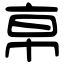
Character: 𢂚